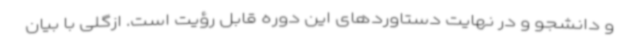
و دانشجو و در نهایت دستاوردهای این دوره قابل رؤیت است. ازگلی با بیان